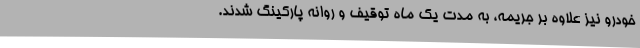
خودرو نیز علاوه بر جریمه، به مدت یک ماه توقیف و روانه پارکینگ شدند.